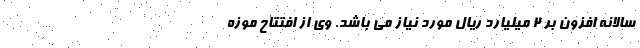
سالانه افزون بر ۲ میلیارد ریال مورد نیاز می باشد. وی از افتتاح موزه